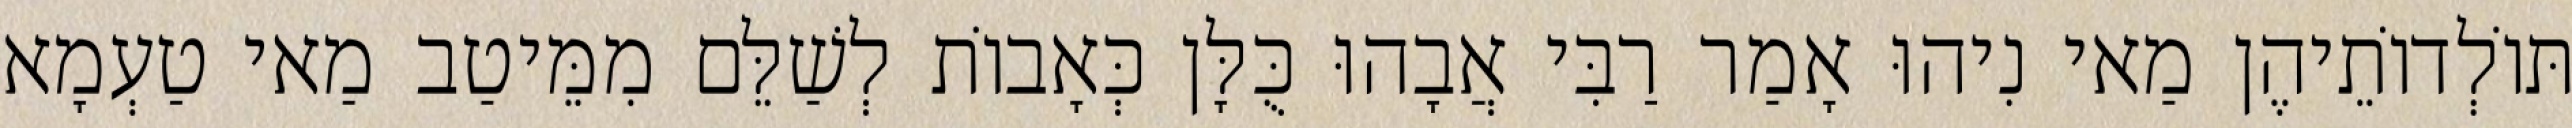
תּוֹלְדוֹתֵיהֶן מַאי נִיהוּ אָמַר רַבִּי אֲבָהוּ כֻּלָּן כְּאָבוֹת לְשַׁלֵּם מִמֵּיטַב מַאי טַעְמָא